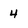
Character: 4